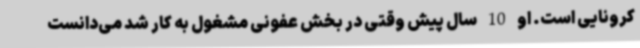
کرونایی است. او 10 سال پیش وقتی در بخش عفونی مشغول به کار شد می‌دانست